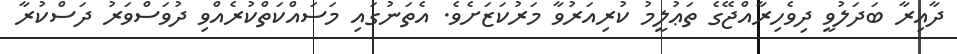
ދާއިރާ ބަދަލުވީ ދިވެހިރާއްޖޭގެ ތަޢުލީމު ކުރިއަރުވާ މަރުކަޒަށެވެ. އެތަނުގައި މަސައްކަތްކުރެއްވި ދުވަސްވަރު ދަސްކުރާ